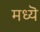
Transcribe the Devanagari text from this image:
मध्यॆ